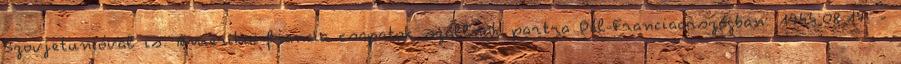
Szovjetunióval is. Amerikai-francia csapatok szállnak partra Dél-Franciaországban. 1944.08.17. -